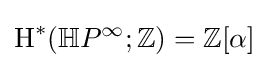
\operatorname {H} ^{*}(\mathbb {H} P^{\infty };\mathbb {Z} )=\mathbb {Z} [\alpha ]